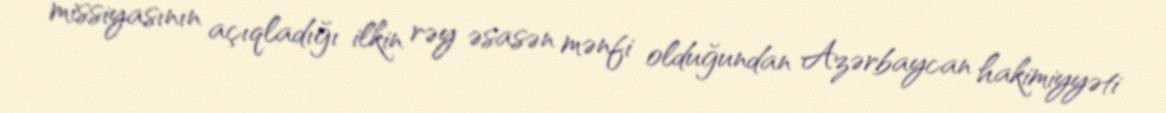
missiyasının açıqladığı ilkin rəy əsasən mənfi olduğundan Azərbaycan hakimiyyəti